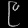
Digit: ၉